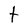
Character: t